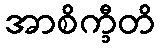
အာစိက္ခီတိ